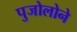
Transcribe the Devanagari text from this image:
पुजोलोने